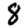
Digit: 8